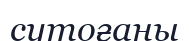
сутоғаны